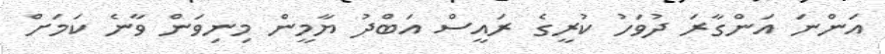
އަންނަ އަންގާރަ ދުވަހު ކުރީގެ ރައީސް އަބްދު ޔާމީން މިނިވަން ވާނެ ކަމަށް